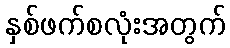
နှစ်ဖက်စလုံးအတွက်